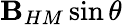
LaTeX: \mathbf{B}_{HM}\sin\theta